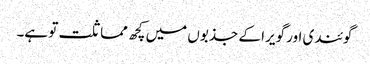
گوئندی اور گویرا کے جذبوں میں کچھ مماثلت تو ہے۔